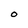
Character: 0